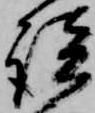
談